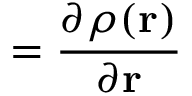
= \frac { \partial \rho ( \mathbf { r } ) } { \partial \mathbf { r } }